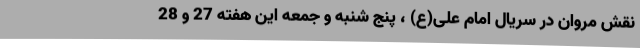
نقش مروان در سریال امام علی(ع) ، پنج شنبه و جمعه این هفته 27 و 28